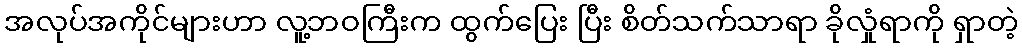
အလုပ်အကိုင်များဟာ လူ့ဘဝကြီးက ထွက်ပြေး ပြီး စိတ်သက်သာရာ ခိုလှုံရာကို ရှာတဲ့